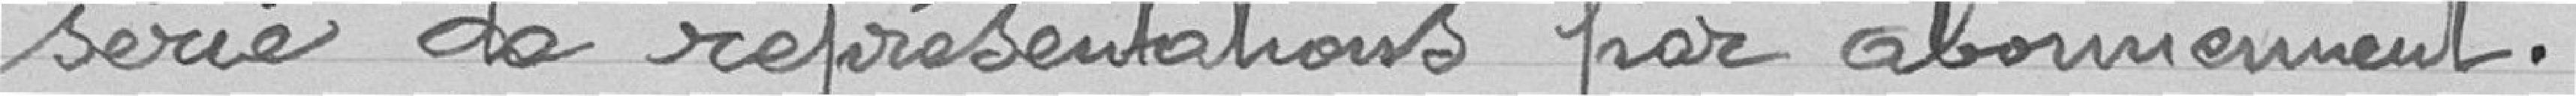
série de représentations par abonnement.